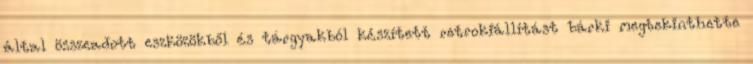
által összeadott eszközökből és tárgyakból készített retrokiállítást bárki megtekinthette